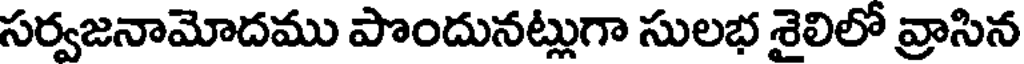
సర్వజనామోదము పొందునట్లుగా సులభ శైలిలో వ్రాసిన